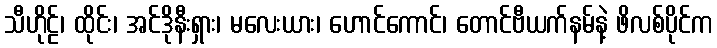
သီဟိုဠ်၊ ထိုင်း၊ အင်ဒိုနီးရှား၊ မလေးယား၊ ဟောင်ကောင်၊ တောင်ဗီယက်နမ်နဲ့ ဖိလစ်ပိုင်က